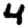
Digit: 4